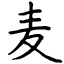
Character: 麦